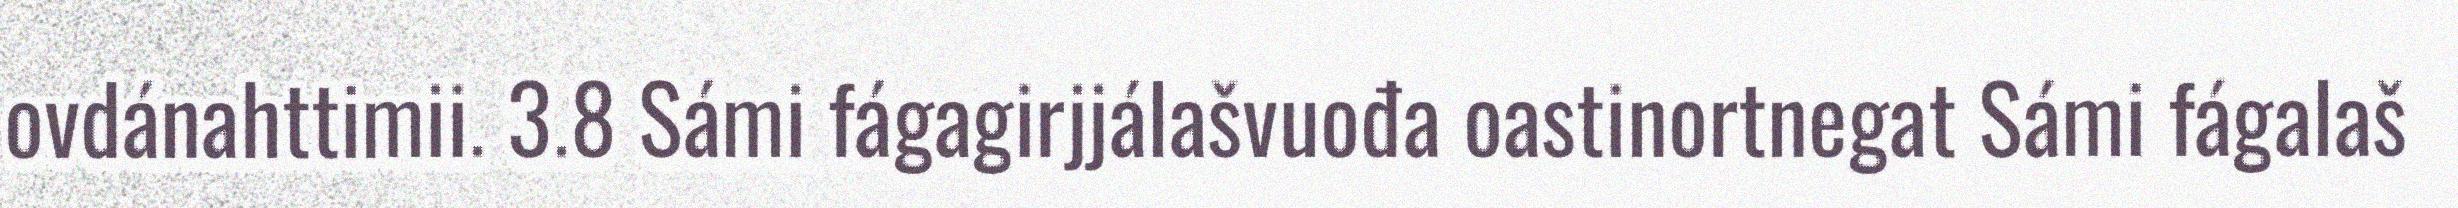
ovdánahttimii. 3.8 Sámi fágagirjjálašvuođa oastinortnegat Sámi fágalaš